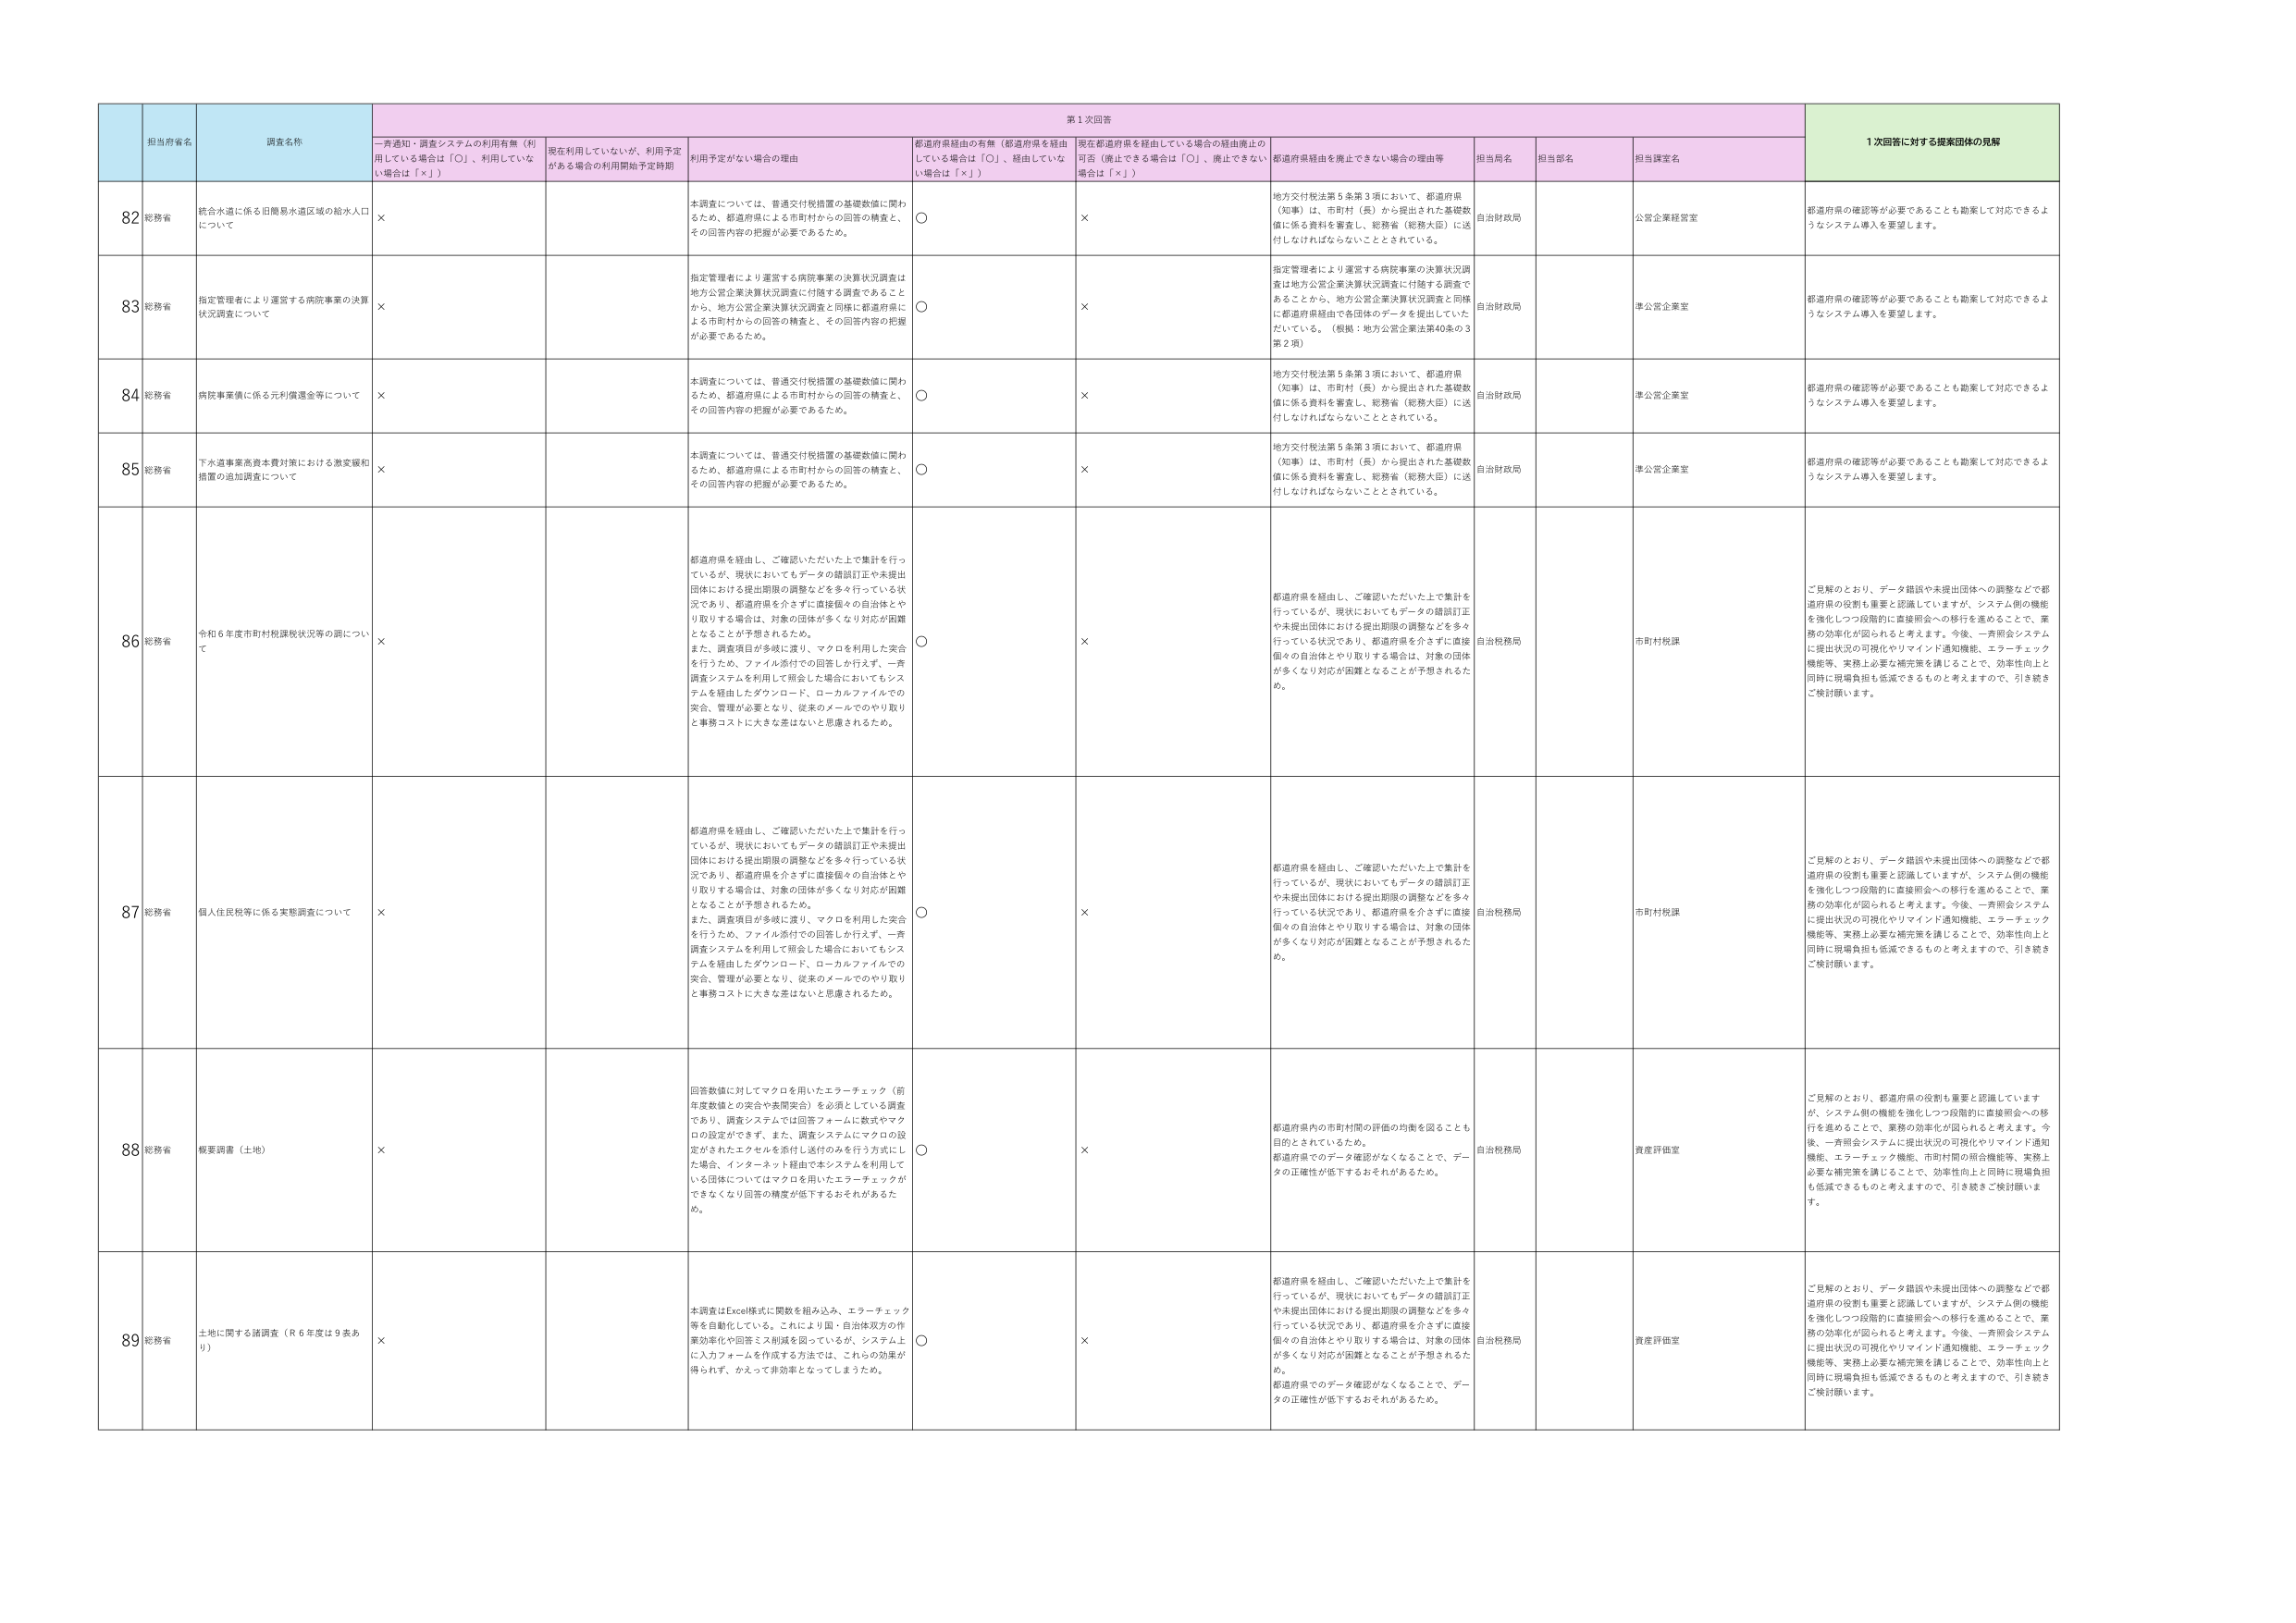
第1次回答
1次回答に対する提案団体の見解

担当府省名
調査名称
一斉通知・調査システムの利用有無（利用している場合は「○」、利用していない場合は「×」）
現在利用していないが、利用予定がある場合の利用開始予定時期
利用予定がない場合の理由
都道府県経由の有無（都道府県を経由している場合は「○」、経由していない場合は「×」）
現在都道府県を経由している場合の経由廃止の可否（廃止できる場合は「○」、廃止できない場合は「×」）
都道府県経由を廃止できない場合の理由等
担当局名
担当部名
担当課室名

82
総務省
統合水道に係る旧簡易水道区域の給水人口について
×
本調査については、普通交付税措置の基礎数値に関わるため、都道府県による市町村からの回答の精査と、その回答内容の把握が必要であるため。
○
×
地方交付税法第5条第3項において、都道府県（知事）は、市町村（長）から提出された基礎数値に係る資料を審査し、総務省（総務大臣）に送付しなければならないこととされている。
自治財政局
公営企業経営室
都道府県の確認等が必要であることも勘案して対応できるようなシステム導入を要望します。

83
総務省
指定管理者により運営する病院事業の決算状況調査について
×
指定管理者により運営する病院事業の決算状況調査は地方公営企業決算状況調査に付随する調査であることから、地方公営企業決算状況調査と同様に都道府県による市町村からの回答の精査と、その回答内容の把握が必要であるため。
○
×
指定管理者により運営する病院事業の決算状況調査は地方公営企業決算状況調査に付随する調査であることから、地方公営企業決算状況調査と同様に都道府県経由で各団体のデータを提出していたたいている。（根拠：地方公営企業法第40条の3第2項）
自治財政局
準公営企業室
都道府県の確認等が必要であることも勘案して対応できるようなシステム導入を要望します。

84
総務省
病院事業等に係る元利償還金等について
×
本調査については、普通交付税措置の基礎数値に関わるため、都道府県による市町村からの回答の精査と、その回答内容の把握が必要であるため。
○
×
地方交付税法第5条第3項において、都道府県（知事）は、市町村（長）から提出された基礎数値に係る資料を審査し、総務省（総務大臣）に送付しなければならないこととされている。
自治財政局
準公営企業室
都道府県の確認等が必要であることも勘案して対応できるようなシステム導入を要望します。

85
総務省
下水道事業高資本費対策における激変緩和措置の追加調査について
×
本調査については、普通交付税措置の基礎数値に関わるため、都道府県による市町村からの回答の精査と、その回答内容の把握が必要であるため。
○
×
地方交付税法第5条第3項において、都道府県（知事）は、市町村（長）から提出された基礎数値に係る資料を審査し、総務省（総務大臣）に送付しなければならないこととされている。
自治財政局
準公営企業室
都道府県の確認等が必要であることも勘案して対応できるようなシステム導入を要望します。

86
総務省
令和6年度市町村税課税状況等の調について
×
都道府県を経由し、ご確認いただいた上で集計を行っているが、現状においてもデータの錯誤訂正や未提出団体における提出期限の調整などを多々行っている状況であり、都道府県を介さずに直接個々の自治体とやり取りする場合は、対象の団体が多くなり対応が困難となることが予想されるため。また、調査項目が多岐に渡り、マクロを利用した安全を行うため、ファイル添付での回答しか行えず、一斉調査システムを利用して照会した場合においてもシステムを経由したダウンロード、ローカルファイルでの突合、管理が必要となり、従来のメールでのやり取りと事務コストに大きな差はないと思慮されるため。
○
×
都道府県を経由し、ご確認いただいた上で集計を行っているが、現状においてもデータの錯誤訂正や未提出団体における提出期限の調整などを多々行っている状況であり、都道府県を介さずに直接個々の自治体とやり取りする場合は、対象の団体が多くなり対応が困難となることが予想されるため。
自治税務局
市町村税課
ご見解のとおり、データ錯誤や未提出団体への調整などで都道府県の役割も重要と認識していますが、システム側の機能を強化しつつ段階的に直接照会への移行を進めることで、業務の効率化が図られると考えます。今後、一斉照会システムに提出状況の可視化やリマインド通知機能、エラーチェック機能等、実務上必要な補完策を講じることで、効率性向上と同時に現場負担も低減できるものと考えますので、引き続きご検討願います。

87
総務省
個人住民税等に係る実態調査について
×
都道府県を経由し、ご確認いただいた上で集計を行っているが、現状においてもデータの錯誤訂正や未提出団体における提出期限の調整などを多々行っている状況であり、都道府県を介さずに直接個々の自治体とやり取りする場合は、対象の団体が多くなり対応が困難となることが予想されるため。また、調査項目が多岐に渡り、マクロを利用した安全を行うため、ファイル添付での回答しか行えず、一斉調査システムを利用して照会した場合においてもシステムを経由したダウンロード、ローカルファイルでの突合、管理が必要となり、従来のメールでのやり取りと事務コストに大きな差はないと思慮されるため。
○
×
都道府県を経由し、ご確認いただいた上で集計を行っているが、現状においてもデータの錯誤訂正や未提出団体における提出期限の調整などを多々行っている状況であり、都道府県を介さずに直接個々の自治体とやり取りする場合は、対象の団体が多くなり対応が困難となることが予想されるため。
自治税務局
市町村税課
ご見解のとおり、データ錯誤や未提出団体への調整などで都道府県の役割も重要と認識していますが、システム側の機能を強化しつつ段階的に直接照会への移行を進めることで、業務の効率化が図られると考えます。今後、一斉照会システムに提出状況の可視化やリマインド通知機能、エラーチェック機能等、実務上必要な補完策を講じることで、効率性向上と同時に現場負担も低減できるものと考えますので、引き続きご検討願います。

88
総務省
概要調査（土地）
×
回答数値に対してマクロを用いたエラーチェック（前年度数値との突合や表間突合）を必須としている調査であり、調査システムでは回答フォームに数式やマクロの設定ができず、また、調査システムにマクロの設定がされたエクセルを添付し送付のみを行う方式にした場合、インターネット経由で本システムを利用している団体についてはマクロを用いたエラーチェックができなくなり回答の精度が低下するおそれがあるため。
○
×
都道府県内の市町村間の評価の均衡を図ることも目的とされているため。都道府県でのデータ確認がなくなることで、データの正確性が低下するおそれがあるため。
自治税務局
資産評価室
ご見解のとおり、都道府県の役割も重要と認識していますが、システム側の機能を強化しつつ段階的に直接照会への移行を進めることで、業務の効率化が図られると考えます。今後、一斉照会システムに提出状況の可視化やリマインド通知機能、エラーチェック機能、市町村間の照合機能等、実務上必要な補完策を講じることで、効率性向上と同時に現場負担も低減できるものと考えますので、引き続きご検討願います。

89
総務省
土地に関する諸調査（R6年度は9表あり）
×
本調査はExcel様式に関数を組み込み、エラーチェック等を自動化している。これにより国・自治体双方の作業効率化や回答ミス削減を図っているが、システム上に入力フォームを作成する方法では、これらの効果が得られず、かえって非効率となってしまうため。
○
×
都道府県を経由し、ご確認いただいた上で集計を行っているが、現状においてもデータの錯誤訂正や未提出団体における提出期限の調整などを多々行っている状況であり、都道府県を介さずに直接個々の自治体とやり取りする場合は、対象の団体が多くなり対応が困難となることが予想されるため。都道府県でのデータ確認がなくなることで、データの正確性が低下するおそれがあるため。
自治税務局
資産評価室
ご見解のとおり、データ錯誤や未提出団体への調整などで都道府県の役割も重要と認識していますが、システム側の機能を強化しつつ段階的に直接照会への移行を進めることで、業務の効率化が図られると考えます。今後、一斉照会システムに提出状況の可視化やリマインド通知機能、エラーチェック機能等、実務上必要な補完策を講じることで、効率性向上と同時に現場負担も低減できるものと考えますので、引き続きご検討願います。